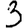
Digit: 3